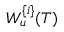
W _ { u } ^ { \{ i \} } ( T )